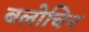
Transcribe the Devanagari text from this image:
बलोचिन